Riigikantselei, lk 99
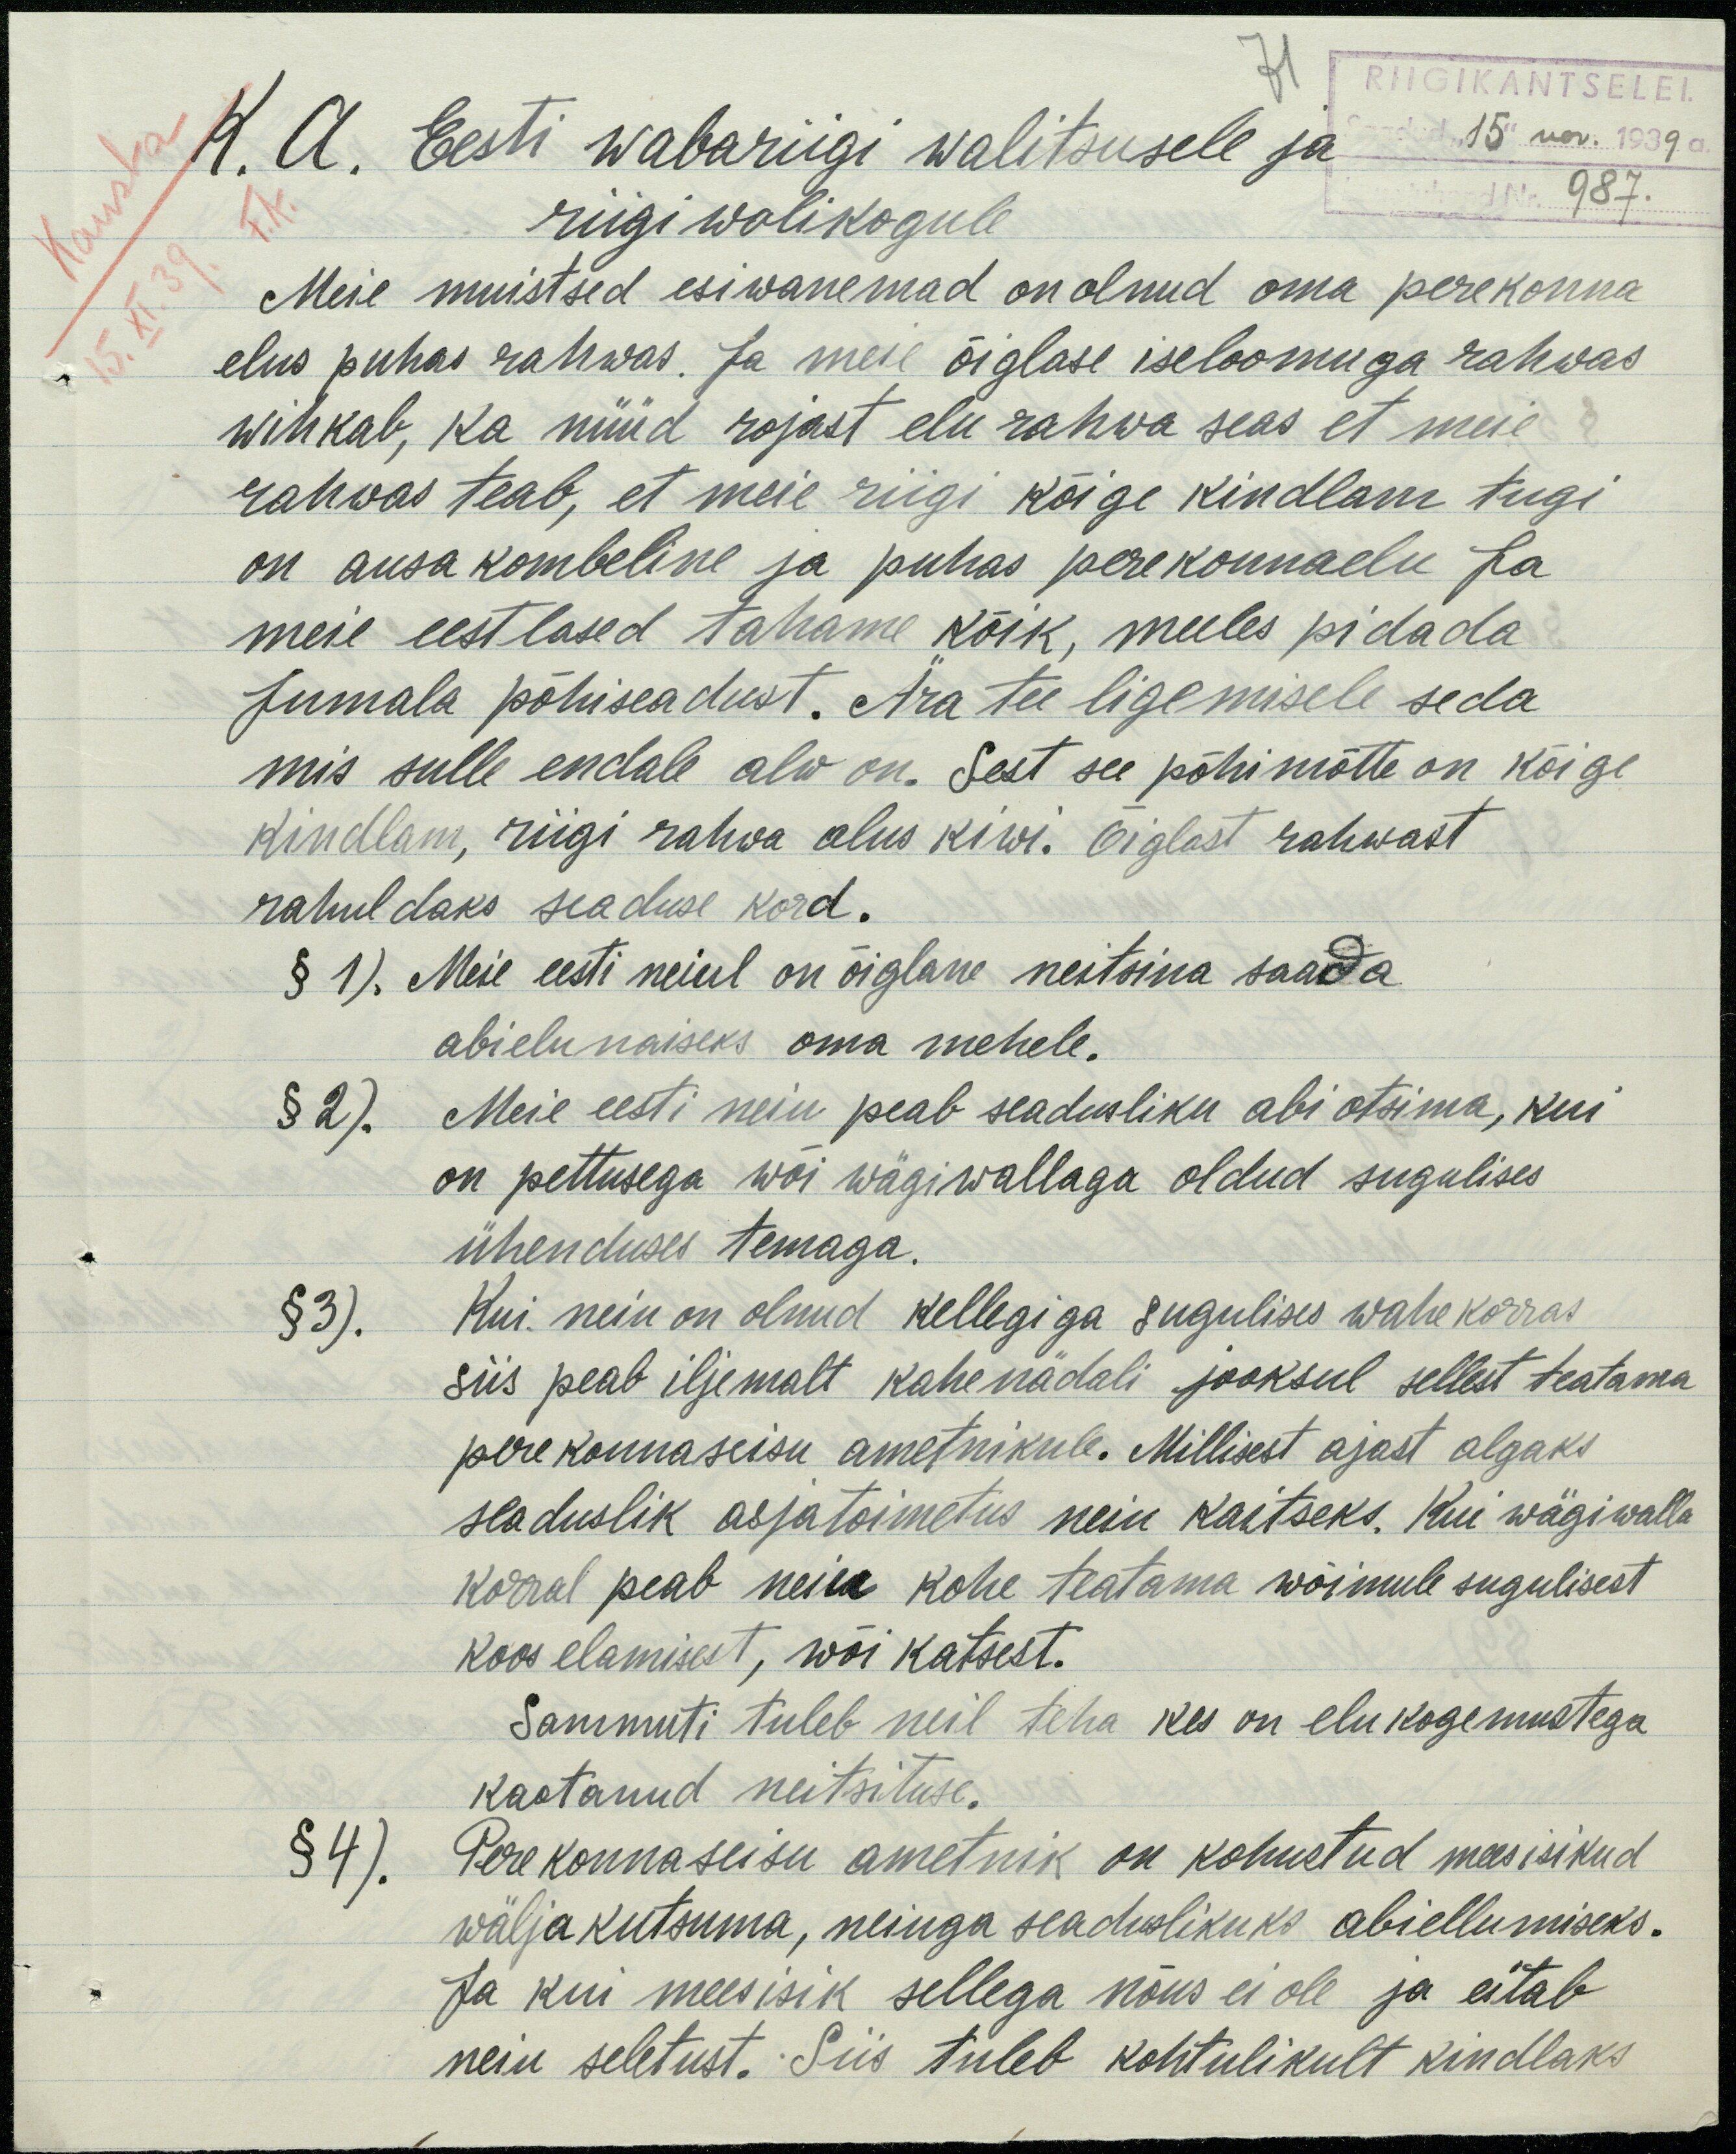
RIIGIKANTSELEI
K. A. Eesti wabariigi walitsusele ja
"15" nov. 1939
987.
riigi wolikogule.
Meie muistsed esiwanemad on olnud oma perekonna-
elus puhas rahwas. Ja meie õiglase iseloomuga rahwas
wihkab, ka nüüd rojast elu rahwa seas et meie
rahwas teab, et meie riigi kõige kindlam tugi
on ausakombeline ja puhas perekonnaelu ja
meie eestlased tahame kõik, meeles pidada
Jumala põhiseadust. Ära tee ligemisele seda
mis sulle endale alw on. Sest see põhimõtte on kõige
kindlam, riigi rahva alus kiwi. Õiglast rahwast
rahuldaks seaduse kord.
§ 1). Meie eesti neiul on õiglane neitsina saada
abielunaiseks oma mehele.
§ 2). Meie eesti neiu peab seadusliku abi otsima, kui
on pettusega wõi wägiwallaga oldud sugulises
ühenduses temaga.
§ 3). Kui neiu on olnud kellegiga sugulises wahekorras
siis peab iljemalt kahenädali jooksul sellest teatama
perekonnaseisu ametnikule. Millisest ajast algaks
seaduslik asjatoimetus neiu kaitseks. Kui wägiwalla
korral peab neiu kohe teatama wõimule sugulisest
koos elamisest, wõi katsest.
Sammuti tuleb neil teha kes on elukogemustega
kaotanud neitsituse.
§ 4). Perekonnaseisu ametnik on kohustud mees isikud
wäljakutsuma, neiuga seaduslikuks abiellumiseks.
Ja kui mees isik sellega nõus ei ole ja eitab
neiu seletust. Siis tuleb kohtulikult kindlaks